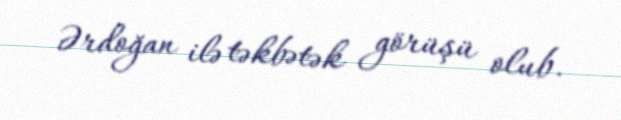
Ərdoğan ilə təkbətək görüşü olub.